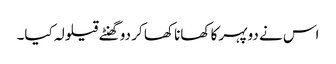
اس نے دوپہر کا کھانا کھا کر دو گھنٹے قیلولہ کیا۔